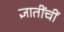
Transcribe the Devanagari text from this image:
ज्ञातींचीं